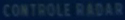
CONTROLE-RADAR